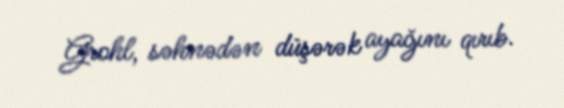
Grohl, səhnədən düşərək ayağını qırıb.